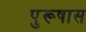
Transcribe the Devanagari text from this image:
पुरूषास